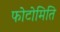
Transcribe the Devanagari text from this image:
फोटोमिति